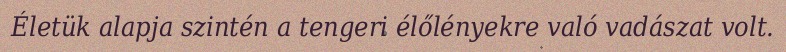
Életük alapja szintén a tengeri élőlényekre való vadászat volt.